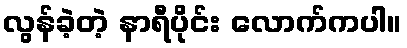
လွန်ခဲ့တဲ့ နာရီပိုင်း လောက်ကပါ။